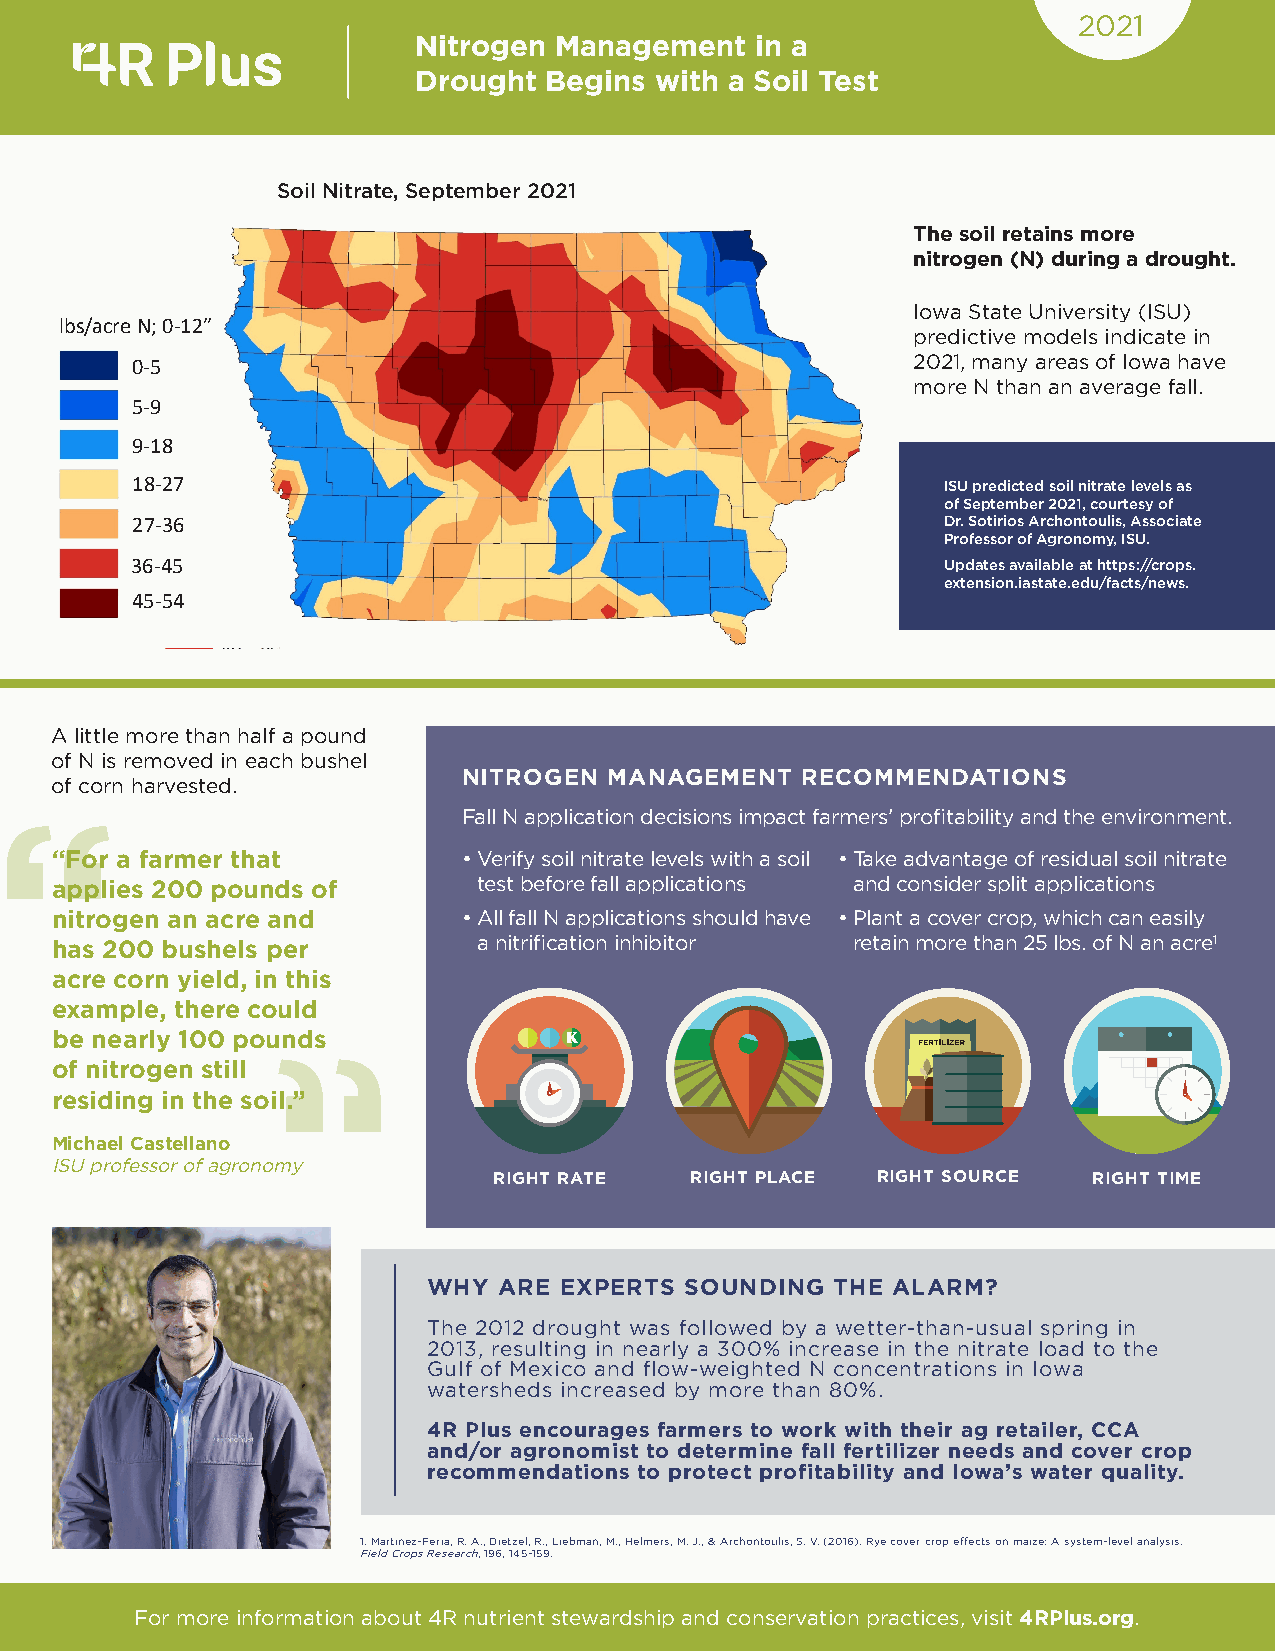
2021
 Nitrogen Management   in a
 Drought Begins with a Soil Test
 Soil Nitrate,   September      2021
 Soil Nitrate, September 2021
 The soil retains more
 nitrogen (N) during a drought.
 Iowa State University (ISU)
 lbs/acre N; 0-12”
 predictive models indicate in
 0-5                                                2021, many areas of Iowa have
 more N than an average fall.
 5-9
 9-18
 18-27                                                 ISU predicted soil nitrate levels as
 of September 2021, courtesy of
 27-36                                                 Dr. Sotirios Archontoulis, Associate
 Professor of Agronomy, ISU.
 36-45                                                 Updates available at https://crops.
 extension.iastate.edu/facts/news.
 45-54
 A little more than half a pound
 of N is removed in each bushel
 NITROGEN MANAGEMENT   RECOMMENDATIONS
 of corn harvested.
 Fall N application decisions impact farmers’ profitability and the environment.
 “
 “For a farmer that          • V erify soil nitrate levels with a soil • T ake advantage of residual soil nitrate
 applies 200 pounds of        test before fall applications and consider split applications
 nitrogen an acre and        • A ll fall N applications should have • P lant a cover crop, which can easily
 has 200 bushels per          a nitrification inhibitor retain more than 25 lbs. of N an acre1
 acre corn yield, in this
 example, there could
 be nearly 100 pounds
 of nitrogen still
 residing in the soil.”
 Michael Castellano
 ISU professor of agronomy
 RIGHT RATE   RIGHT PLACE RIGHT SOURCE  RIGHT TIME
 WHY  ARE EXPERTS SOUNDING  THE ALARM?
 The 2012 drought was followed by a wetter-than-usual spring in
 2013, resulting in nearly a 300% increase in the nitrate load to the
 Gulf of Mexico and flow-weighted N concentrations in Iowa
 watersheds increased by more than 80%.
 4R Plus encourages farmers to work with their ag retailer, CCA
 and/or agronomist to determine fall fertilizer needs and cover crop
 recommendations to protect profitability and Iowa’s water quality.
 1. Martinez-Feria, R. A., Dietzel, R., Liebman, M., Helmers, M. J., & Archontoulis, S. V. (2016). Rye cover crop effects on maize: A system-level analysis.
 Field Crops Research, 196, 145-159.
 For more information about 4R nutrient stewardship and conservation practices, visit 4RPlus.org.
 “